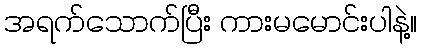
အရက်သောက်ပြီး ကားမမောင်းပါနဲ့။